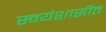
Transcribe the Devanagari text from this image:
स्वयंशासीत